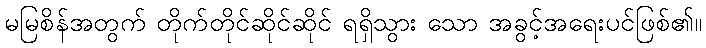
မမြစိန်အတွက် တိုက်တိုင်ဆိုင်ဆိုင် ရရှိသွား သော အခွင့်အရေးပင်ဖြစ်၏။